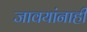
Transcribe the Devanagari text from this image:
जावयांनाही